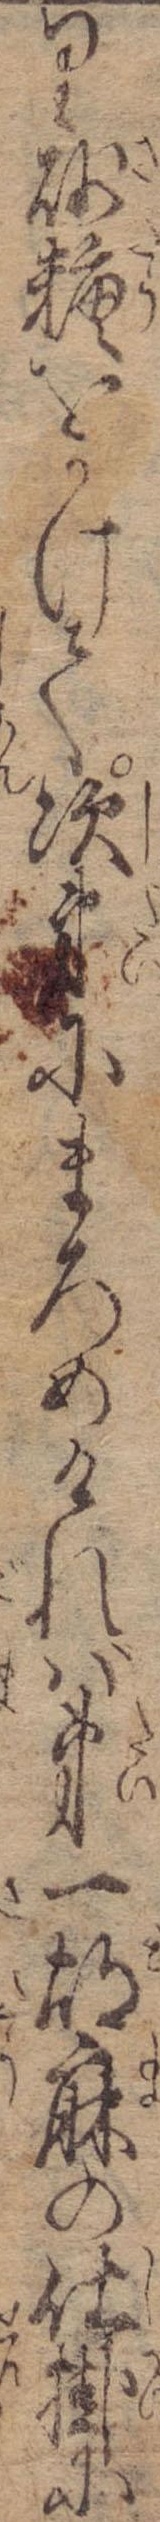
り砂糖をかけて次第にまろめければ第一胡麻の仕掛に